Civil Veterinary Department. United Provinces 1932-42 - 1932-1942
Year: 1932
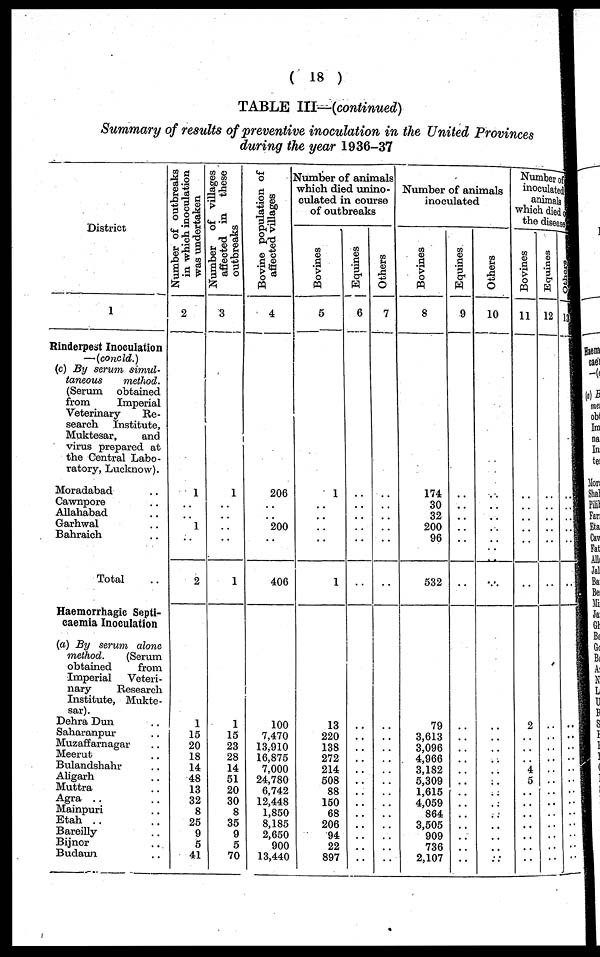
(18)
TABLE III—(continued)
Summary of results of preventive inoculation in the United Provinces
during the year 1936-37
District
1
Rinderpest Inoculation
—(concld.)
(c) By serum simul-
taneous
method.
(Serum
obtained
from
Imperial
Veterinary
Re-
search
Institute,
Muktesar,
and
virus prepared at
the Central Labo-
ratory, Lucknow).
Moradabad ..
Cawnpore ..
Allahabad ..
Garhwal ..
Bahraich ..
Total ..
Haemorrhagic Septi-
caemia Inoculation
(a) By serum alone
method.
(Serum
obtained
from
Imperial
Veteri-
nary
Research
Institute, Mukte-
sar).
Dehra Dun ..
Saharanpur ..
Muzaffarnagar ..
Meerut ..
Bulandshahr ..
Aligarh ..
Muttra ..
Agra .. ..
Mainpuri ..
Etah .. ..
Bareilly ..
Bijnor ..
Budaun ..
Number of outbreaks
in which inoculation
was undertaken
2
1
..
..
1
..
2
1
15
20
18
14
48
13
32
8
25
9
5
41
Number of villages
affected in
these
outbreaks
3
1
..
..
..
..
1
1
15
23
28
14
51
20
30
8
35
9
5
70
Bovine population of
affected villages
4
206
..
..
200
..
406
100
7,470
13,910
16,875
7,000
24,780
6,742
12,448
1,850
8,185
2,650
900
13,440
Slumber of animals
which died unino-
culated in course
of outbreaks
Bovines
5
1
..
..
..
..
1
13
220
138
272
214
508
88
150
68
206
94
22
897
Equines
6
..
..
..
..
..
..
..
..
..
..
..
..
..
..
..
..
..
..
Others
7
..
..
..
..
..
..
..
..
..
..
..
..
..
..
..
..
..
..
..
Number of animals
inoculated
Bovines
8
174
30
32
200
96
532
79
3,613
3,096
4,966
3,182
5,309
1,615
4,059
864
3,505
909
736
2,107
Equines
9
..
..
..
..
..
..
..
..
..
..
..
..
..
..
..
..
..
..
..
Others
10
..
..
..
..
..
..
..
..
..
..
..
..
..
..
..
..
..
..
..
Number of
inoculated
animals
which died
the disease
Bovines
11
..
..
..
..
..
..
2
..
..
..
4
5
..
..
..
..
..
..
..
Equines
12
..
..
..
..
..
..
..
..
..
..
..
..
..
..
..
..
..
..
..
..
..
..
..
..
..
..
..
..
..
....
..
..
..
..
..
..
..
..